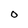
Character: o